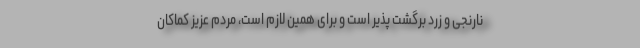
نارنجی و زرد برگشت پذیر است و برای همین لازم است، مردم عزیز کماکان